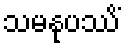
သမနုပဿိံ